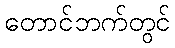
တောင်ဘက်တွင်